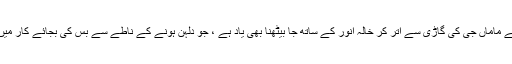
واپسی کے سفر میں ایک جگہ موٹے ماماں جی کی گاڑی سے اتر کر خالہ انور کے ساتھ جا بیٹھنا بھی یاد ہے ، جو دلہن ہونے کے ناطے سے بس کی بجائے کار میں سوار ہونے والی واحد خاتون تھیں۔